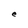
Character: e